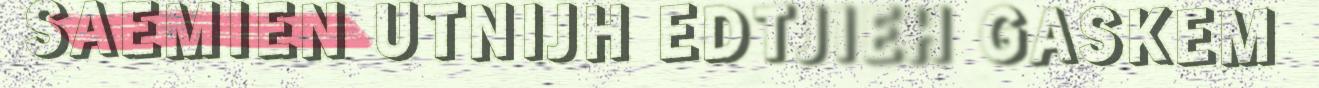
SAEMIEN UTNIJH EDTJIEH GASKEM